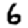
Digit: 6